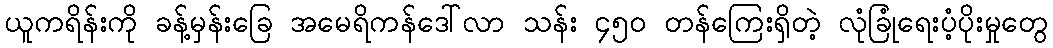
ယူကရိန်းကို ခန့်မှန်းခြေ အမေရိကန်ဒေါ်လာ သန်း ၄၅၀ တန်ကြေးရှိတဲ့ လုံခြုံရေးပံ့ပိုးမှုတွေ